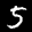
Label: 5